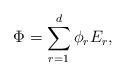
LaTeX: \begin{align*}\Phi = \sum_{r=1}^d\phi_rE_r, \end{align*}